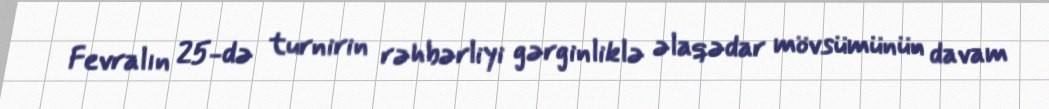
Fevralın 25-də turnirin rəhbərliyi gərginliklə əlaqədar mövsümünün davam